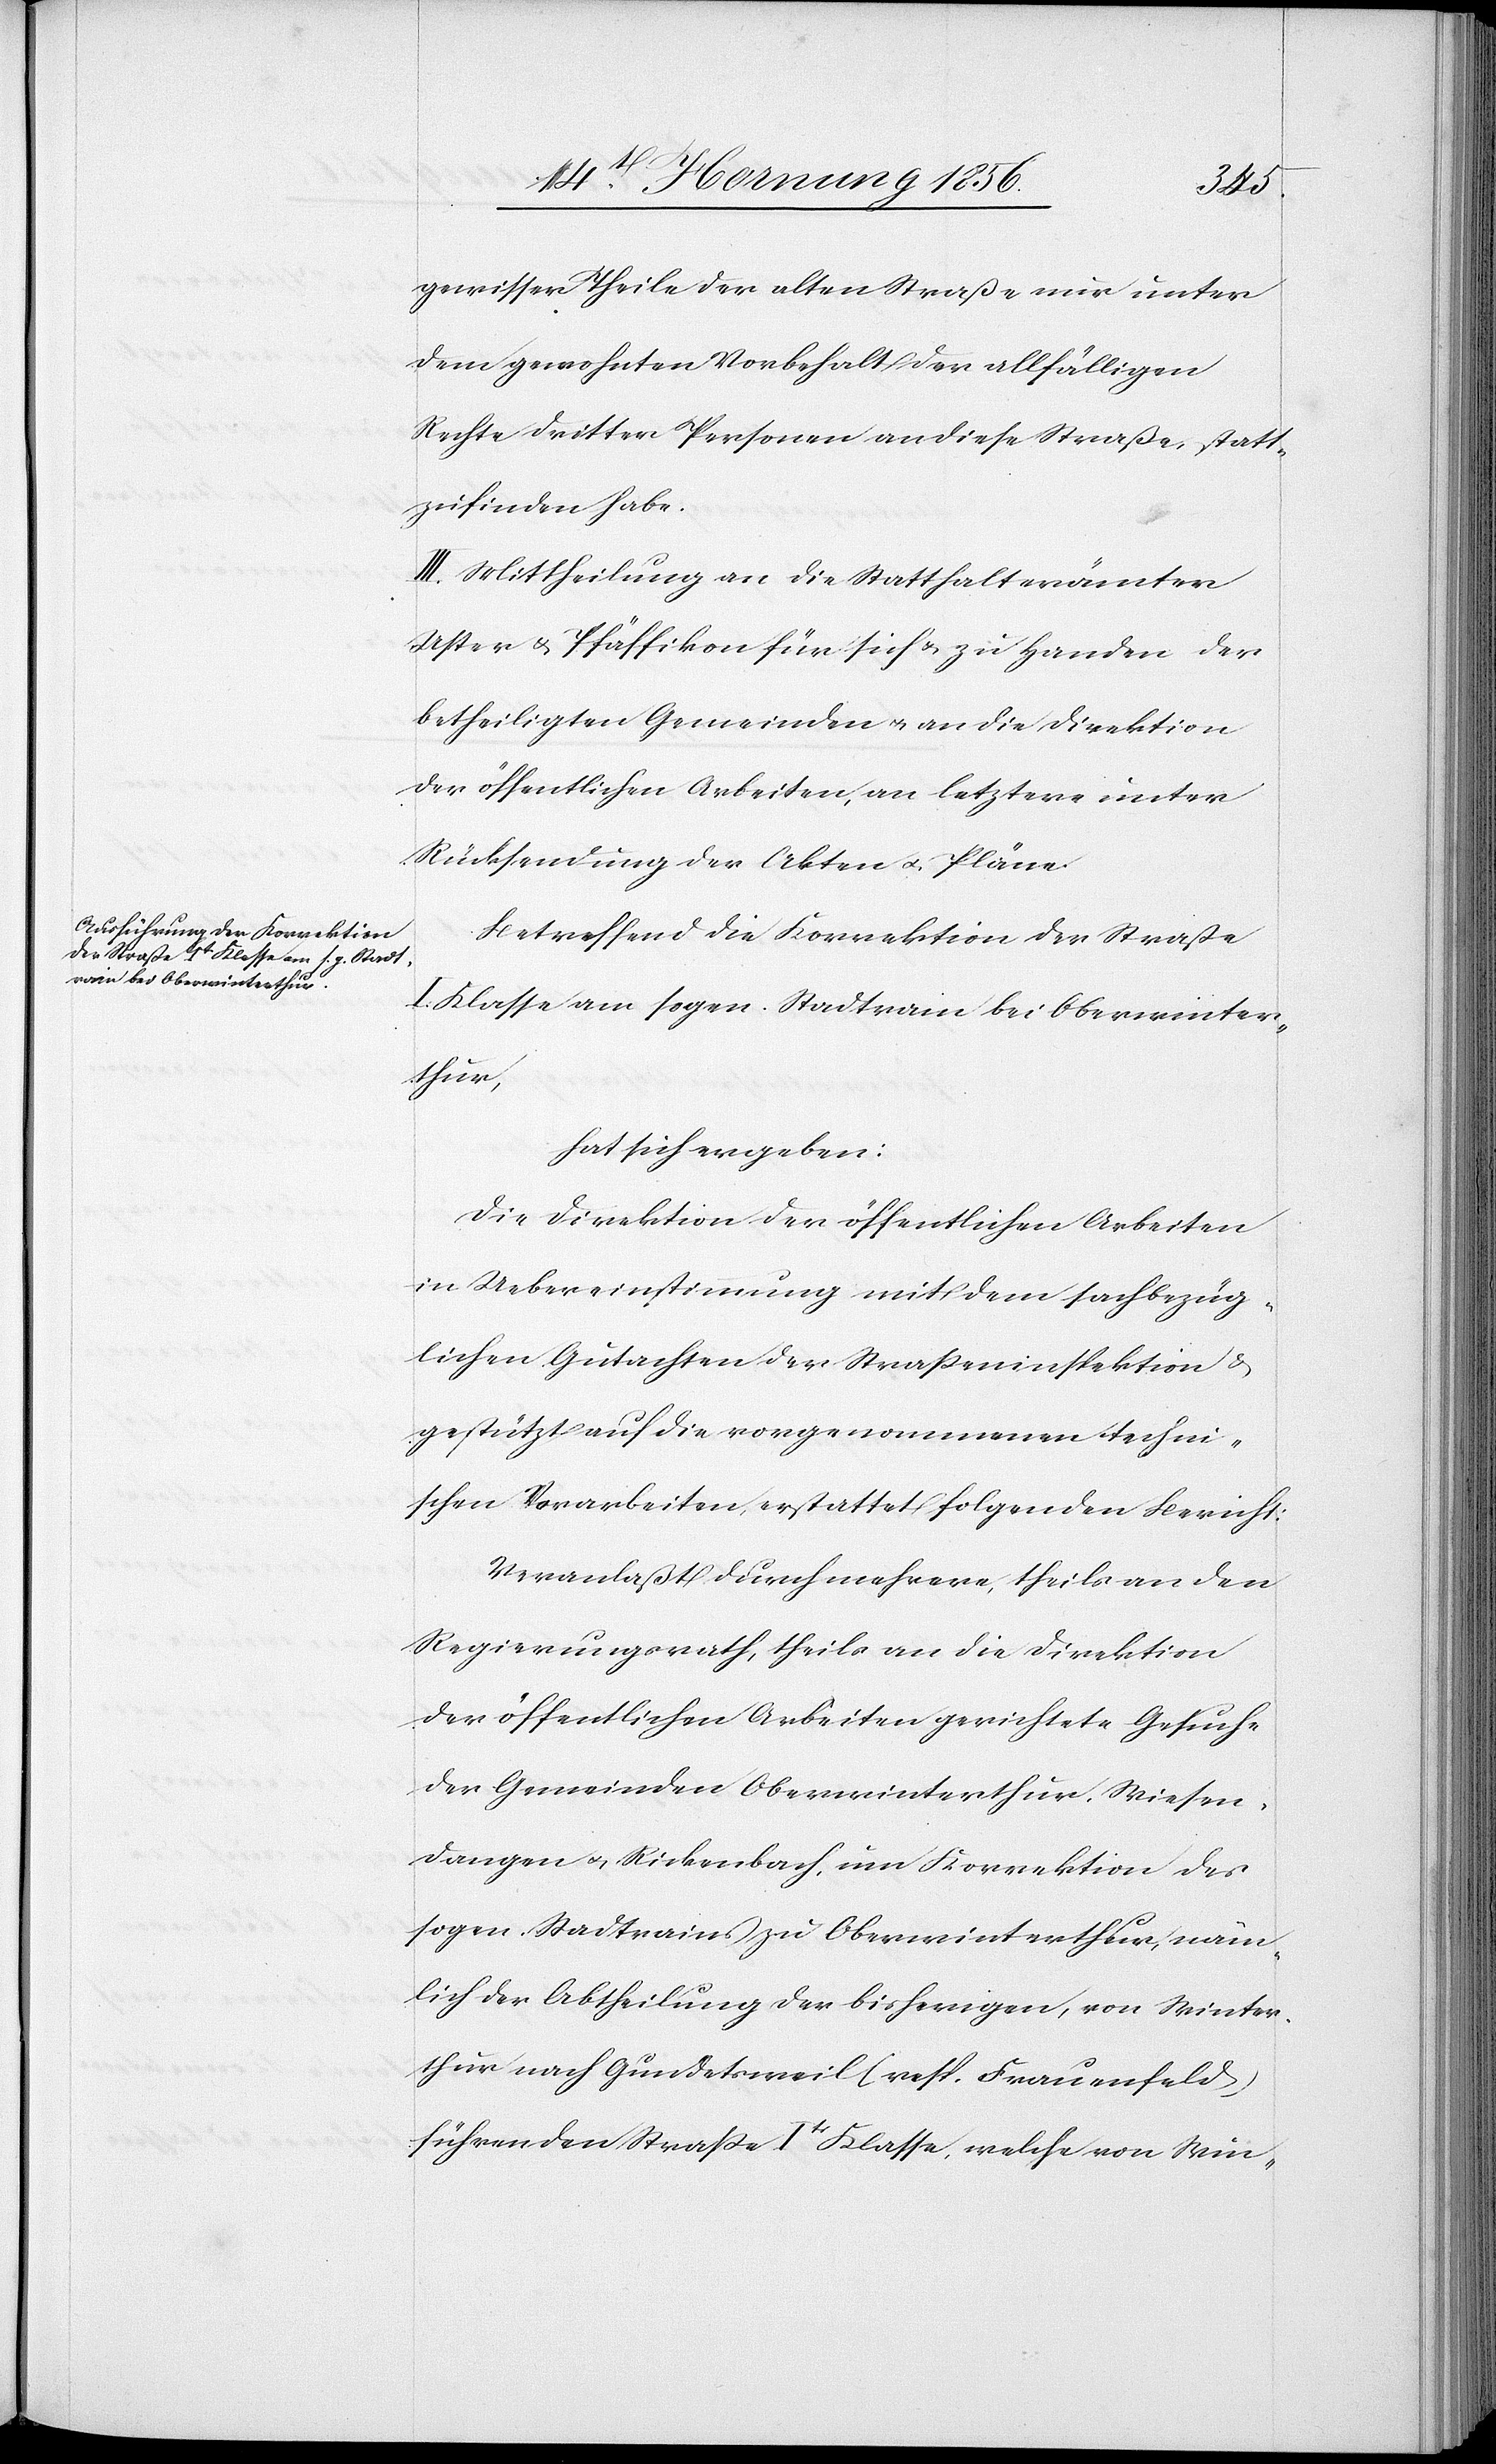
gewisser Theile der alten Straße nur unter
dem gewohnten Vorbehalt der allfälligen
Rechte dritter Personen an diese Straße statt¬
zufinden habe.
III. Mittheilungen an die Statthalterämter
Uster & Pfäffikon für sich u. zu Handen der
betheiligten Gemeinden u. an die Direktion
der öffentlichen Arbeiten, an letztere unter
Rücksendung der Akten u. Pläne.
Betreffend die Korrektion der Straße
I. Klasse am sogen. Stadtrain bei Oberwinter¬
thur,
hat sich ergeben:
Die Direktion der öffentlichen Arbeiten
in Uebereinstimmung mit dem sachbezüg¬
lichen Gutachten der Straßeninspektion &
gestützt auf die vorgenommenen techni¬
schen Vorarbeiten, erstattet folgenden Bericht:
Veranlaßt durch mehrere, theils an den
Regierungsrath, theils an die Direktion
der öffentlichen Arbeiten gerichtete Gesuche
der Gemeinden Oberwinterthur, Wiesen¬
dangen u. Rickenbach, um Korrektion des
sogen. Stadtrains zu Oberwinterthur, näm¬
lich der Abtheilung der bisherigen, von Winter¬
thur nach Gundetsweil (resp. Frauenfeld),
führenden Straße Itr Klasse, welche von Win-